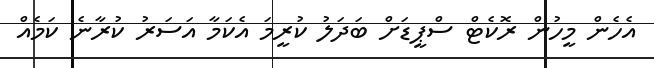
އެހެން މީހުން ރޮކެޓް ސްޕީޑަށް ބަދަލު ކުރީމަ އެކަމާ އަސަރު ކުރާނެ ކަމެއް